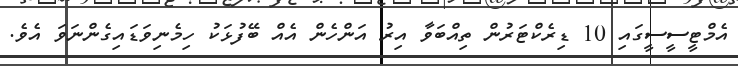
އެމްޓީސީސީގައި 10 ޑިރެކްޓަރުން ތިއްބަވާ އިރު އަންހެން އެއް ބޭފުޅަކު ހިމެނިވަޑައިގެންނަވަ އެވެ.